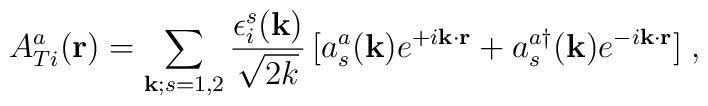
A_{Ti}^{a}({\bf{r}}) = \sum_{{\bf{k}}; s=1,2}\frac{\epsilon_{i}^{s}({\bf{k}})}{\sqrt{2k}}\,[a_{s}^{a}({\bf{k}})e^{+i{\bf{k}}\cdot{\bf{r}}} +a_{s}^{a\dagger}({\bf{k}})e^{-i{\bf{k}}\cdot{\bf{r}}}]\;,